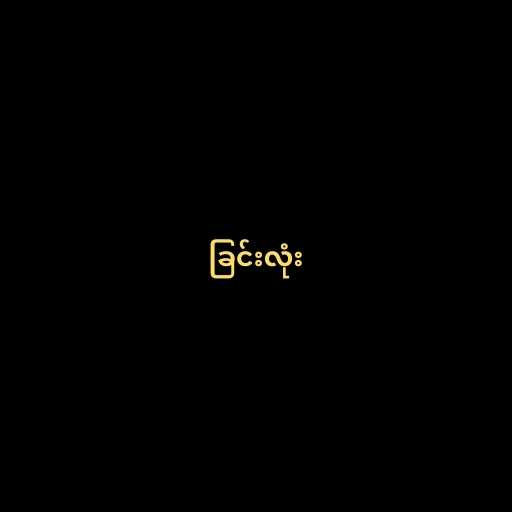
ခြင်းလုံး